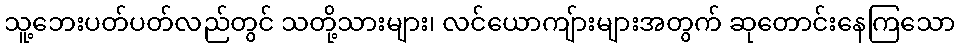
သူ့ဘေးပတ်ပတ်လည်တွင် သတို့သားများ၊ လင်ယောကျ်ားများအတွက် ဆုတောင်းနေကြသော